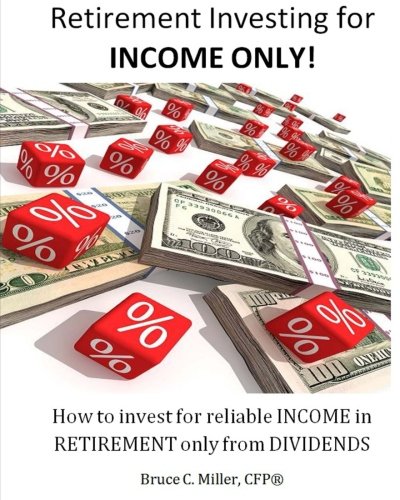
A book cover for Retirement Investing for Income ONLY: How to manage a retirement portfolio ONLY for reliable, long term Income; Mr. Bruce C. Miller CFP; Business & Money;